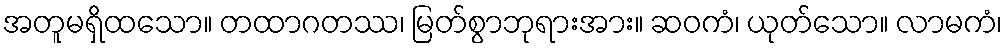
အတူမရှိထသော။ တထာဂတဿ၊ မြတ်စွာဘုရားအား။ ဆဝကံ၊ ယုတ်သော။ လာမကံ၊